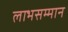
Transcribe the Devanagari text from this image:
लाभसम्मान